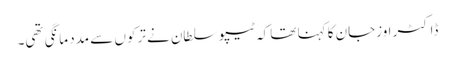
ڈاکٹر اوزجان کا کہنا تھا کہ ٹیپو سلطان نے ترکوں سے مدد مانگی تھی۔